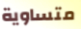
متساوية